Statistics compiled by the Government of India from the reports of provincial Civil Veterinary Departments
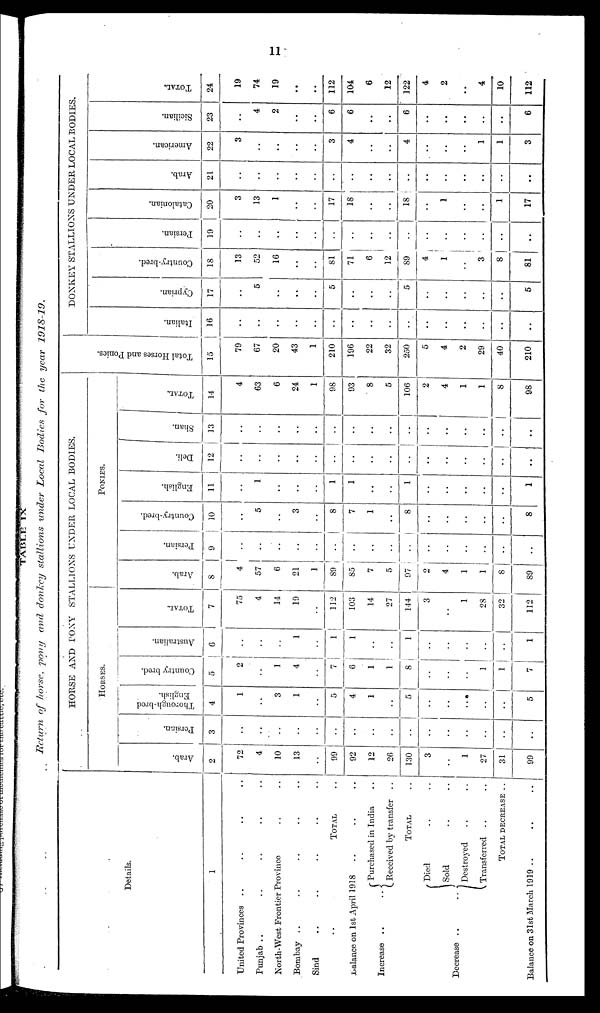
11
TABLE
IX
Return
of horse, pony and donkey stallions under Local Bodies for the year
1918-19.
Details.
1
United Provinces .. .. .. ..
Punjab .. .. .. ..
North-West Frontier P
rovince .. ..
Bombay .. .. .. .. ..
Sind
..
..
..
..
..
TOTAL
..
balance on 1st April 1918
..
..
..
Increase ..
..
Decrease ..
..
Purchased in India ..
Received by transfer ..
TOTAL
..
Died .. ..
Sold
..
..
Destroyed
..
..
Transferred
..
..
TOTAL
DECRESE
..
Balance on 31st March 1019 ..
..
..
HORSE AND PONY STALLIONS UNDER LOCAL BODIES.
HORSES
Arab.
2
72
4
10
13
..
99
92
12
26
130
3
..
1
27
31
99
Persian.
3
..
..
..
..
..
..
..
..
..
..
..
..
..
..
..
..
Thorough-bred
English.
4
..
..
3
1
..
5
4
1
..
5
..
..
..
..
..
5
Country bred.
5
2
..
..
4
..
7
6
1
1
8
..
..
..
1
1
7
Australian.
6
..
..
..
1
..
1
1
..
..
1
..
..
..
..
..
1
TOTAL.
7
75
4
14
19
..
112
103
14
27
144
3
..
1
28
32
112
PONIES.
Arab.
8
4
57
6
21
1
89
85
7
5
97
2
4
1
1
8
89
Persian.
9
..
..
..
..
..
..
..
..
..
..
..
..
..
..
..
..
Country-bred.
10
..
5
..
3
..
8
7
1
..
8
..
..
..
..
..
8
English.
11
..
1
..
..
..
1
1
..
..
1
..
..
..
..
..
1
Deli.
12
..
..
..
..
..
..
..
..
..
..
..
..
..
..
..
..
Shan.
13
..
..
..
..
..
..
..
..
..
..
..
..
..
..
..
..
TOTAL.
14
4
63
6
24
1
98
93
8
5
106
2
4
1
1
8
98
Tot al Hor s es and Poni es.
15
70
67
20
43
1
210
196
22
32
250
5
4
2
20
40
210
DONKEY STALLIONS UNDER LOCAL BODIES.
I t al i an.
16
..
..
..
..
..
..
..
..
..
..
..
..
..
..
..
..
Cypr i
an.
17
..
5
..
..
..
5
..
..
..
5
..
..
..
..
..
5
Count r
y- br e d.
18
13
52
16
..
..
81
71
6
12
80
4
1
..
3
8
81
Per si an.
19
..
..
..
..
..
..
..
..
..
..
..
..
..
..
..
..
Cat al oni an.
20
3
13
1
..
..
17
18
..
..
18
..
1
..
..
1
17
Ar ab.
21
..
..
..
..
..
..
..
..
..
..
..
..
..
..
..
..
Ame r
i
c a n.
22
3
..
..
..
..
3
4
..
..
4
..
..
..
1
1
3
Si ci l i an.
23
..
4
2
..
..
6
6
..
..
6
..
..
..
..
..
6
TOTAL.
24
19
74
19
..
..
112
104
6
12
122
4
2
..
4
10
112